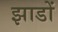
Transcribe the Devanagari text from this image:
झाडों